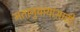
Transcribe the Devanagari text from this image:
मतानुयायांसाठी